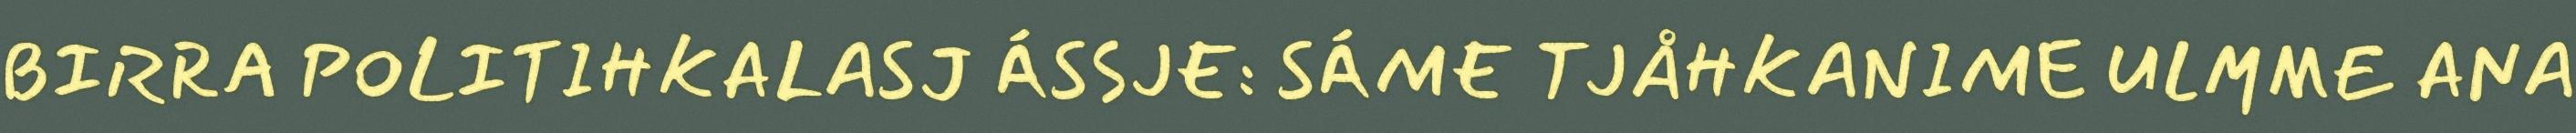
BIRRA POLITIHKALASJ ÁSSJE: SÁME TJÅHKANIME ULMME ANA